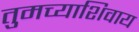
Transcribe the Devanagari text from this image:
तुमच्याशिवाय